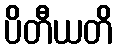
ပိတီယတိ